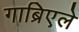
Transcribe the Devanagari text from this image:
गाब्रिएले